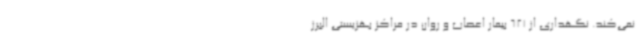
نمی‌کند. نگهداری از 621 بیمار اعصاب و روان در مراکز بهزیستی البرز